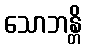
သောဘန္တိ